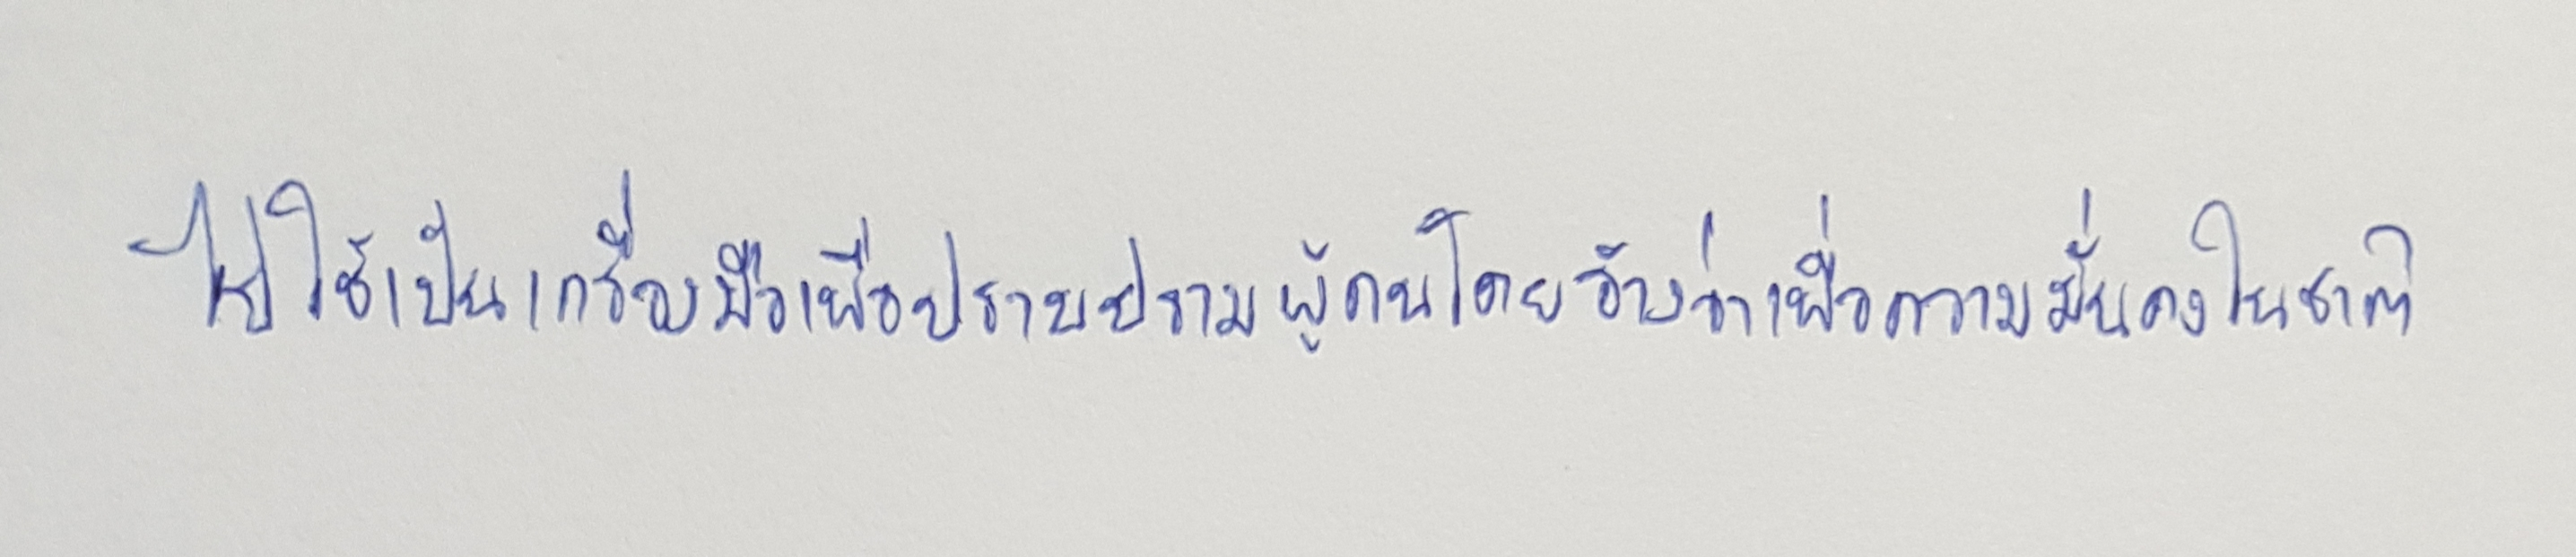
ไปใช้เป็นเครื่องมือเพื่อปราบปรามผู้คนโดยอ้างว่าเพื่อความมั่นคงในชาติ